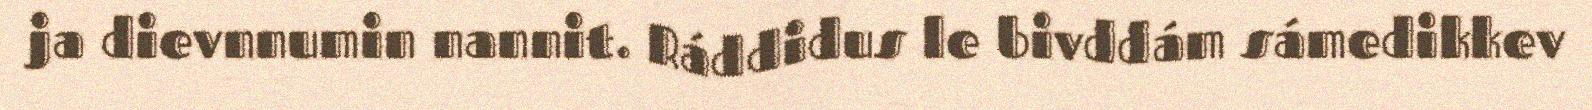
ja dievnnumin nannit. Ráddidus le bivddám sámedikkev